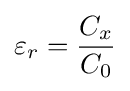
\varepsilon _{r}={\frac {C_{x}}{C_{0}}}